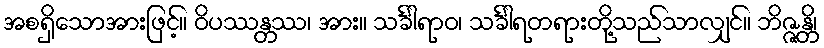
အစရှိသောအားဖြင့်။ ဝိပဿန္တဿ၊ အား။ သင်္ခါရာဝ၊ သင်္ခါရတရားတို့သည်သာလျှင်။ ဘိဇ္ဇန္တိ၊